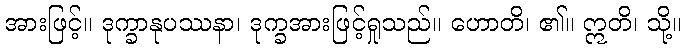
အားဖြင့်။ ဒုက္ခာနုပဿနာ၊ ဒုက္ခအားဖြင့်ရှုသည်။ ဟောတိ၊ ၏။ ဣတိ၊ သို့။